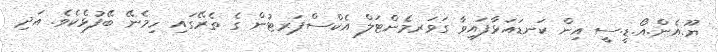
ޔޫ.އެން.އޯ.ޑީ.ސީ އިން ކަނޑައަޅާފައިވާ ގަވަރމެންޓަލް އެކްސްޕަރޓުން ގެ ތެރޭގައި ހިމެނޭ ބޭފުޅެކެވެ. އަދި